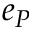
e _ { P }